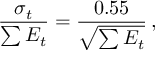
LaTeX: \frac { \sigma _ { t } } { \sum E _ { t } } = \frac { 0 . 5 5 } { \sqrt { \sum E _ { t } } } \, ,